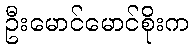
ဦးမောင်မောင်စိုးက